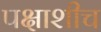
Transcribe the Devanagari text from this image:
पक्षाशीच